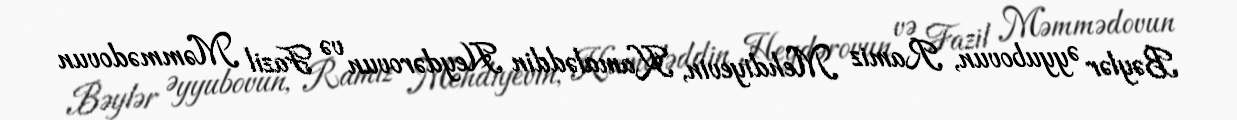
Bəylər Əyyubovun, Ramiz Mehdiyevin, Kamaləddin Heydərovun və Fazil Məmmədovun